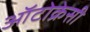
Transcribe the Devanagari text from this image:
ऑटोक्रेसी